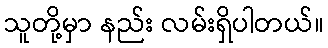
သူတို့မှာ နည်း လမ်းရှိပါတယ်။